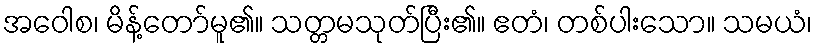
အဝေါစ၊ မိန့်တော်မူ၏။ သတ္တမသုတ်ပြီး၏။ ဧတံ၊ တစ်ပါးသော။ သမယံ၊